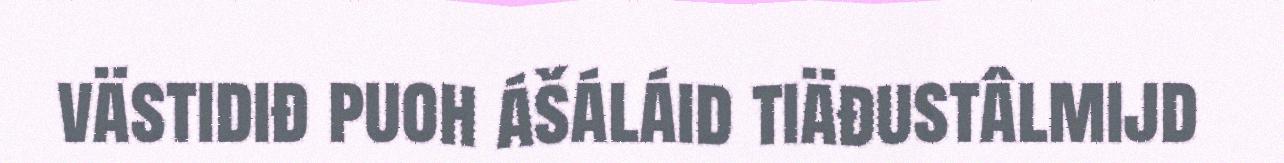
västidiđ puoh ášáláid tiäđustâlmijd